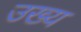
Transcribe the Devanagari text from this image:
उख्य